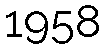
1958